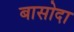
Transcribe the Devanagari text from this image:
बासोदा